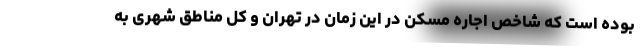
بوده است که شاخص اجاره مسکن در این زمان در تهران و کل مناطق شهری به